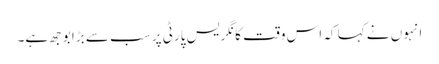
انہوں نے کہا کہ اس وقت کانگریس پارٹی پر سب سے بڑا بوجھ ہے۔